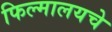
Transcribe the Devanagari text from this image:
फिल्मालयचे